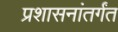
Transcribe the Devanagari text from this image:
प्रशासनांतर्गंत